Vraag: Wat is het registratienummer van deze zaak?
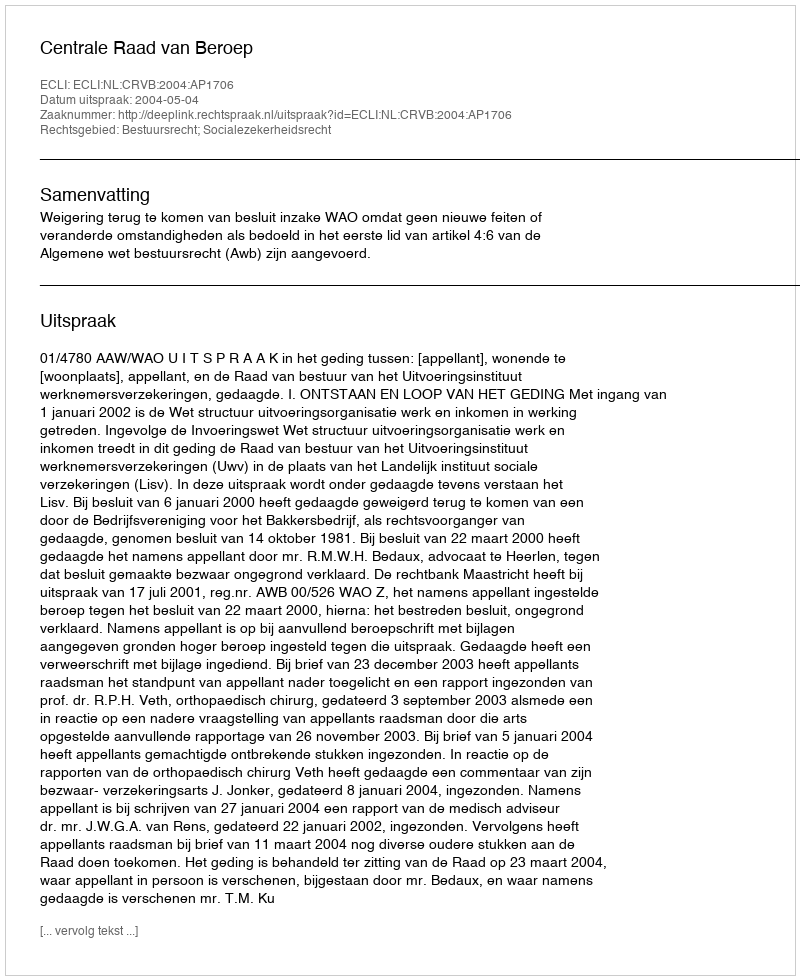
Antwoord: http://deeplink.rechtspraak.nl/uitspraak?id=ECLI:NL:CRVB:2004:AP1706